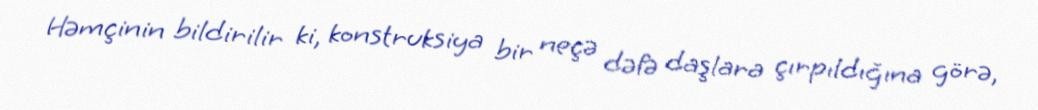
Həmçinin bildirilir ki, konstruksiya bir neçə dəfə daşlara çırpıldığına görə,